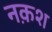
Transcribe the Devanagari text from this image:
नक़श